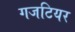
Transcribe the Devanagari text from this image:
गजटियर